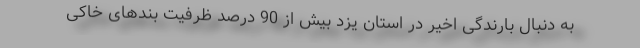
به دنبال بارندگی اخیر در استان یزد بیش از 90 درصد ظرفیت بندهای خاکی